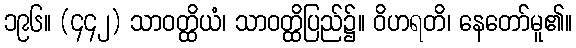
၁၉၆။ (၄၄၂) သာဝတ္ထိယံ၊ သာဝတ္ထိပြည်၌။ ဝိဟရတိ၊ နေတော်မူ၏။